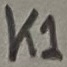
Text: K1